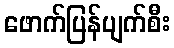
ဖောက်ပြန်ပျက်စီး